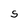
Character: S